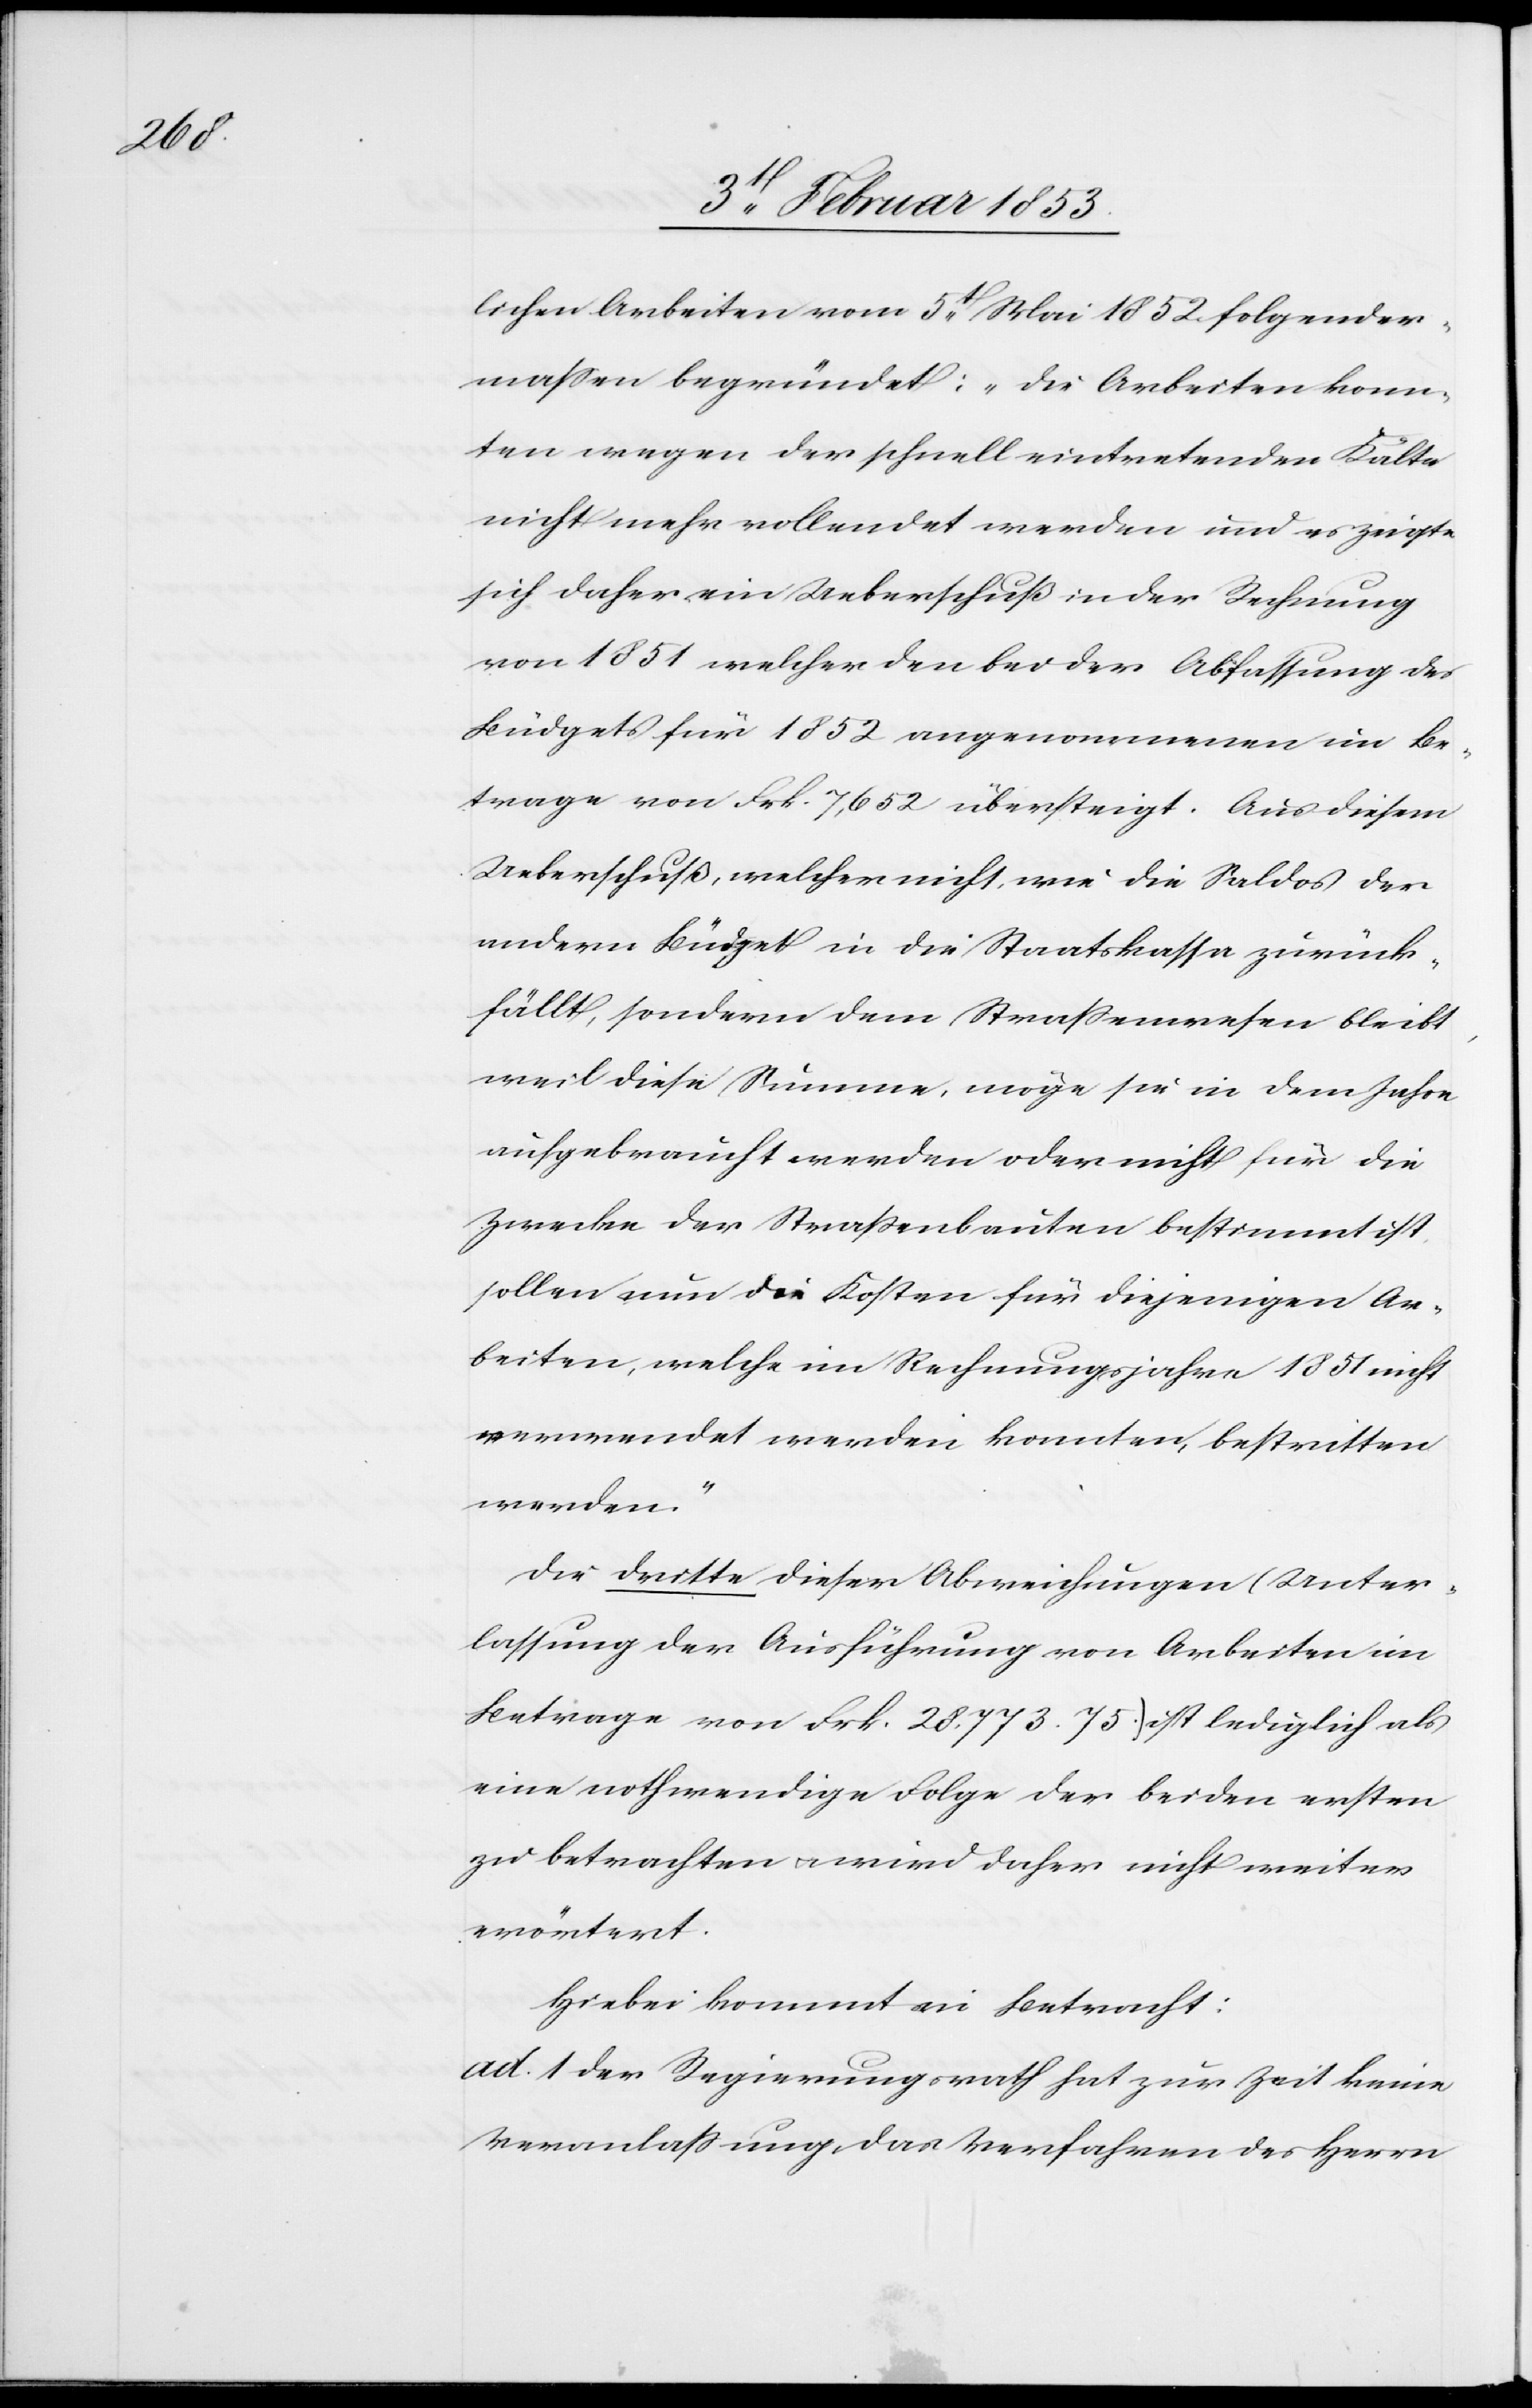
lichen Arbeiten vom 5t. Mai 1852 folgender¬
maßen begründet: „Die Arbeiten konn¬
ten wegen der schnell eintretenden Kälte
nicht mehr vollendet werden und es zeigte
sich daher ein Ueberschuß in der Rechnung
von 1851 welcher den bei der Abfassung des
Büdgets für 1852 angenommenen im Be¬
trage von Frk. 7,652 übersteigt. Aus diesem
Ueberschuß, welcher nicht, wie die Saldos der
andern Büdget in die Staatskasse zurück¬
fällt, sondern dem Straßenwesen bleibt,
weil diese Summe, möge sie in dem Jahre
aufgebraucht werden oder nicht für die
Zwecke der Staatsbauten bestimmt ist,
sollen nun die Kosten für diejenigen Ar¬
beiten, welche im Rechnungsjahre 1851 nicht
verwendet werden konnten, bestritten
werden.“
Die dritte dieser Abweichungen (Unter¬
lassung der Ausführung von Arbeiten im
Betrage von Frk. 28,773.75) ist lediglich als
eine nothwendige Folge der beiden ersten
zu betrachten u. wird daher nicht weiter
erörtert.
Hiebei kommt in Betracht:
ad. 1. Der Regierungsrath hat zur Zeit keine
Veranlaßung, das Verfahren des Herrn